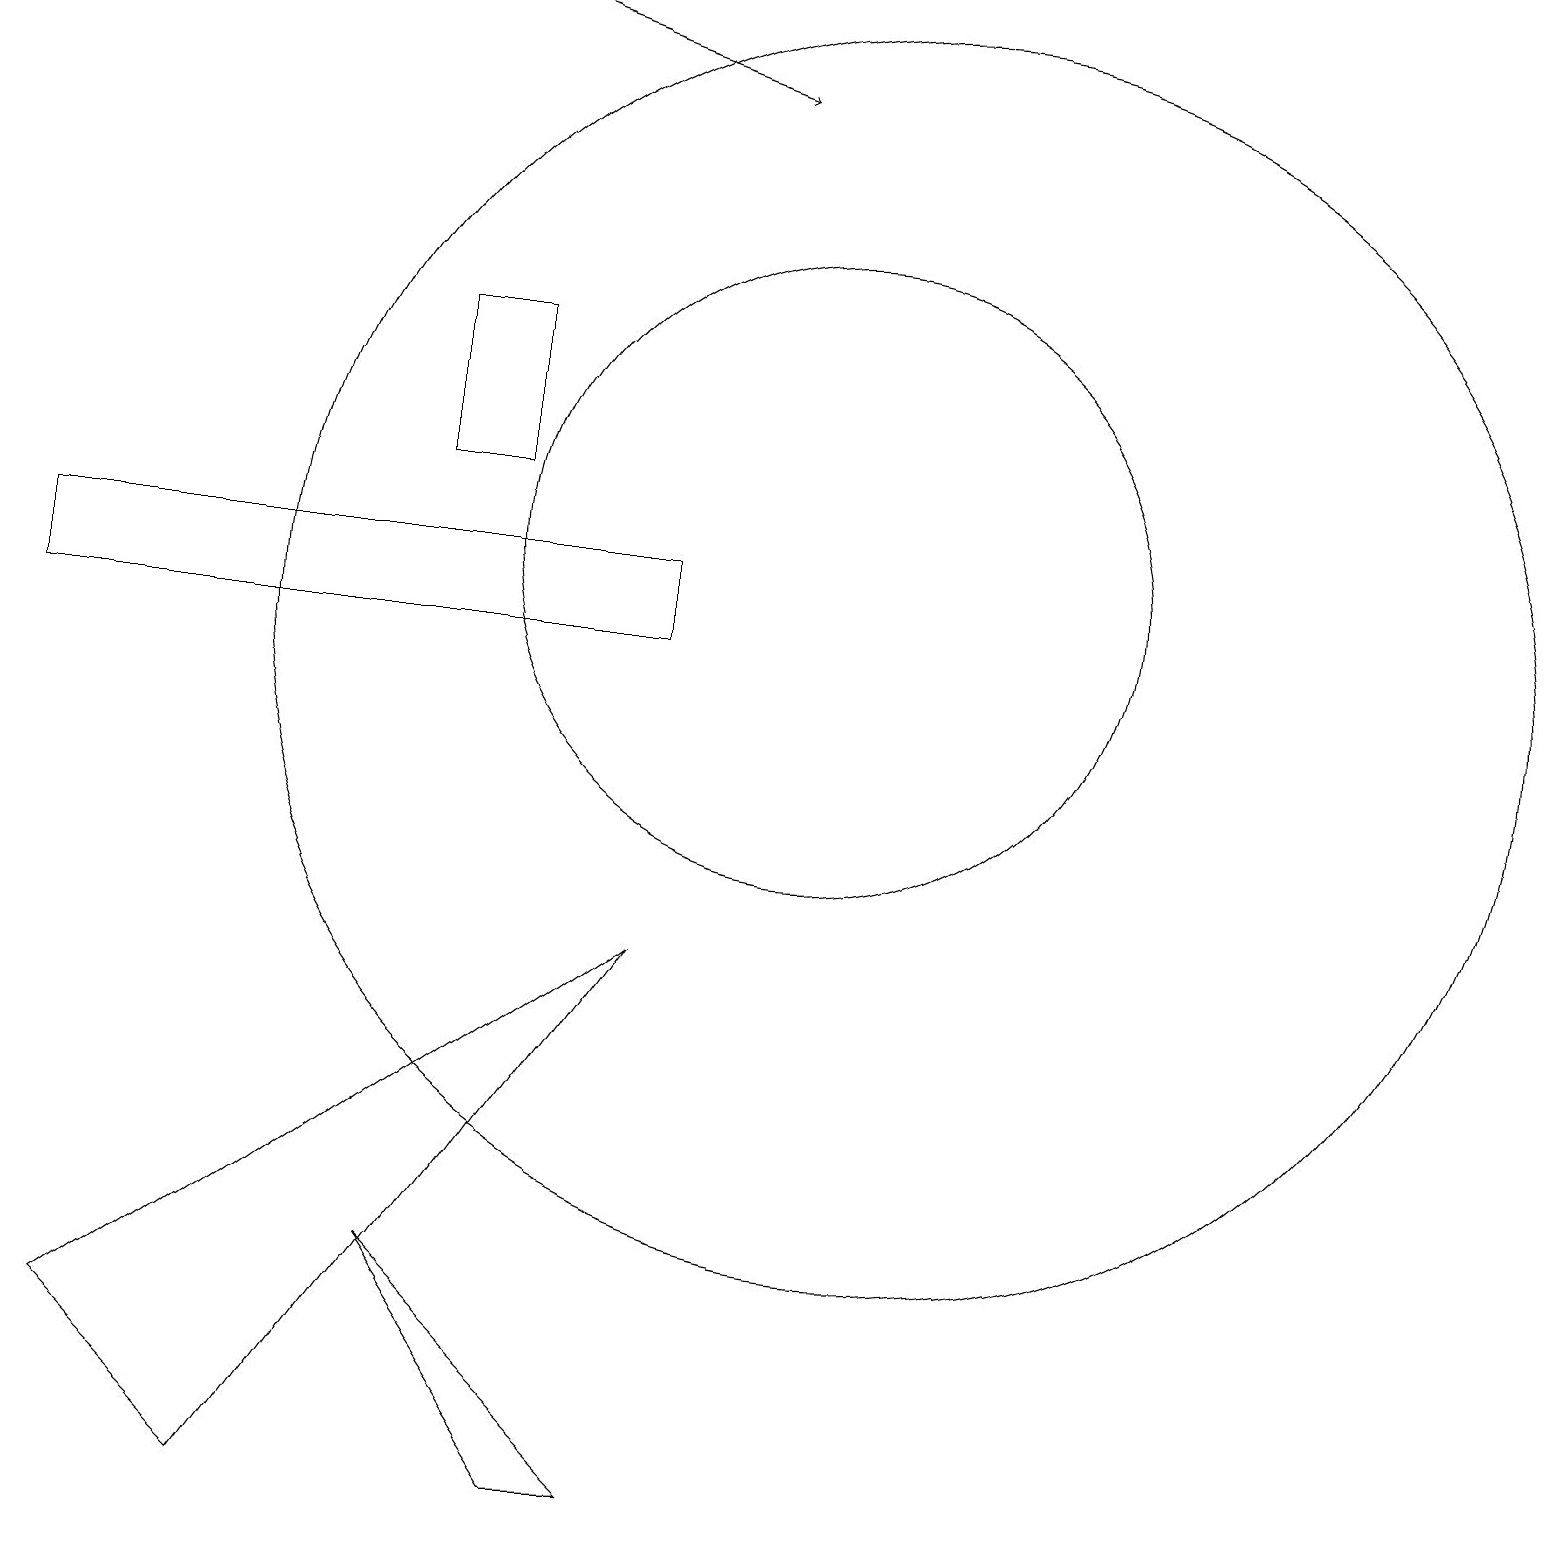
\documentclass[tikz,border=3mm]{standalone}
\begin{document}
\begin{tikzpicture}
\draw (10,12) circle (4);
\draw (11,11) circle (8);
\draw (8,7) -- (3,0) -- (1,2) -- cycle;
\draw (8,0) -- (5,3) -- (7,0) -- cycle;
\draw (6,15) rectangle (5,13);
\draw (12,10) circle (0);
\draw (0,11) rectangle (8,12);
\draw[->] (6,19) -- (9,18);
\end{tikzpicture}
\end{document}